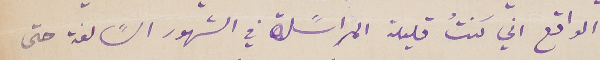
الواقع اني كنتُ قليلة المراسًلة في الشهور السًالفة حتى